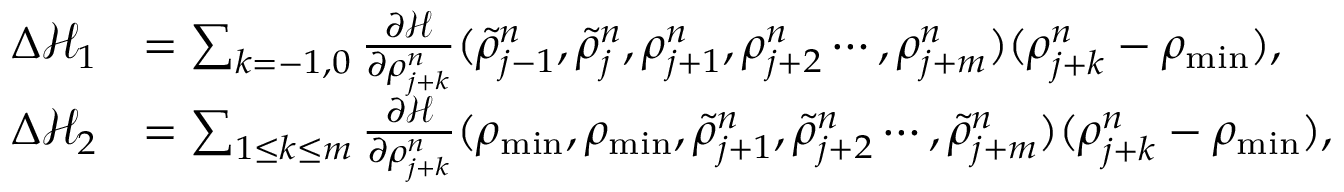
\begin{array} { r l } { \Delta \mathcal { H } _ { 1 } } & { = \sum _ { k = - 1 , 0 } \frac { \partial \mathcal { H } } { \partial \rho _ { j + k } ^ { n } } ( \tilde { \rho } _ { j - 1 } ^ { n } , \tilde { \rho } _ { j } ^ { n } , \rho _ { j + 1 } ^ { n } , \rho _ { j + 2 } ^ { n } \cdots , \rho _ { j + m } ^ { n } ) ( \rho _ { j + k } ^ { n } - \rho _ { \mathrm { m i n } } ) , } \\ { \Delta \mathcal { H } _ { 2 } } & { = \sum _ { 1 \leq k \leq m } \frac { \partial \mathcal { H } } { \partial \rho _ { j + k } ^ { n } } ( \rho _ { \mathrm { m i n } } , \rho _ { \mathrm { m i n } } , \tilde { \rho } _ { j + 1 } ^ { n } , \tilde { \rho } _ { j + 2 } ^ { n } \cdots , \tilde { \rho } _ { j + m } ^ { n } ) ( \rho _ { j + k } ^ { n } - \rho _ { \mathrm { m i n } } ) , } \end{array}